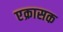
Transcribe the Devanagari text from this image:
एक्रासक